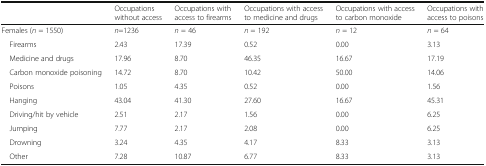
<table><thead><tr><td></td><td><b>Occupations without access</b></td><td><b>Occupations with access to firearms</b></td><td><b>Occupations with access to medicine and drugs</b></td><td><b>Occupations with access to carbon monoxide</b></td><td><b>Occupations with access to poisons</b></td></tr></thead><tbody><tr><td>Females (<i>n</i> = 1550)</td><td><i>n</i>=1236</td><td><i>n</i> = 46</td><td><i>n</i> = 192</td><td><i>n</i> = 12</td><td><i>n</i> = 64</td></tr><tr><td> Firearms</td><td>2.43</td><td>17.39</td><td>0.52</td><td>0.00</td><td>3.13</td></tr><tr><td> Medicine and drugs</td><td>17.96</td><td>8.70</td><td>46.35</td><td>16.67</td><td>17.19</td></tr><tr><td> Carbon monoxide poisoning</td><td>14.72</td><td>8.70</td><td>10.42</td><td>50.00</td><td>14.06</td></tr><tr><td> Poisons</td><td>1.05</td><td>4.35</td><td>0.52</td><td>0.00</td><td>1.56</td></tr><tr><td> Hanging</td><td>43.04</td><td>41.30</td><td>27.60</td><td>16.67</td><td>45.31</td></tr><tr><td> Driving/hit by vehicle</td><td>2.51</td><td>2.17</td><td>1.56</td><td>0.00</td><td>6.25</td></tr><tr><td> Jumping</td><td>7.77</td><td>2.17</td><td>2.08</td><td>0.00</td><td>6.25</td></tr><tr><td> Drowning</td><td>3.24</td><td>4.35</td><td>4.17</td><td>8.33</td><td>3.13</td></tr><tr><td> Other</td><td>7.28</td><td>10.87</td><td>6.77</td><td>8.33</td><td>3.13</td></tr></tbody></table>